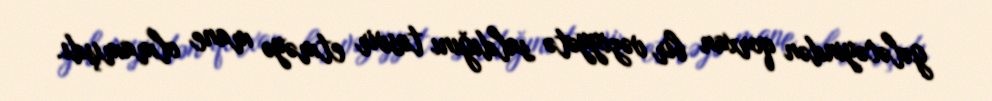
gələcəyindən qorxan bir vəziyyətə saldığını təsvir etməyə mane olmamışdı.